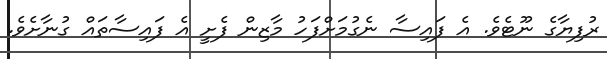
ރުފިޔާގެ ނޫޓެވެ. އެ ފައިސާ ނެގުމަށްފަހު މާޒިން ފެށީ އެ ފައިސާތައް ގުނާށެވެ.